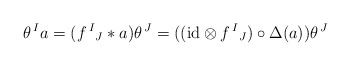
\begin{align*} \theta^{\,I}a = (f^{\,I}{}_J \ast a) \theta^{\,J} = ((\mbox{id}\otimes f^{\,I}{}_J) \circ \Delta(a)) \theta^{\,J}\end{align*}